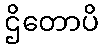
ဌိတောပိ